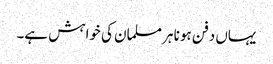
یہاں دفن ہونا ہر مسلمان کی خواہش ہے۔